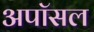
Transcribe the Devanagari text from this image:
अपॉसल